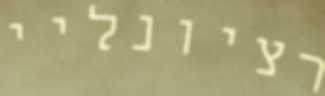
רציונליי